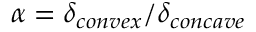
\alpha = \delta _ { c o n v e x } / \delta _ { c o n c a v e }